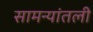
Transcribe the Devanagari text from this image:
सामन्यांतली